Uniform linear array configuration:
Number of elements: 12
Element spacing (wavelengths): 0.75
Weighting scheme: kaiser
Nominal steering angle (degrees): -45
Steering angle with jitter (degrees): -43.805
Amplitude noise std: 0.05
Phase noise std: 0.05

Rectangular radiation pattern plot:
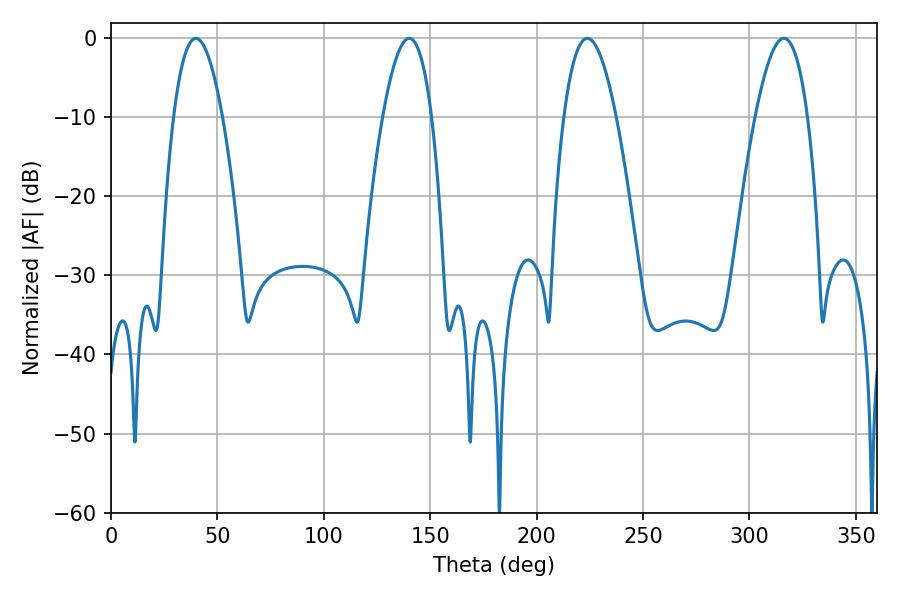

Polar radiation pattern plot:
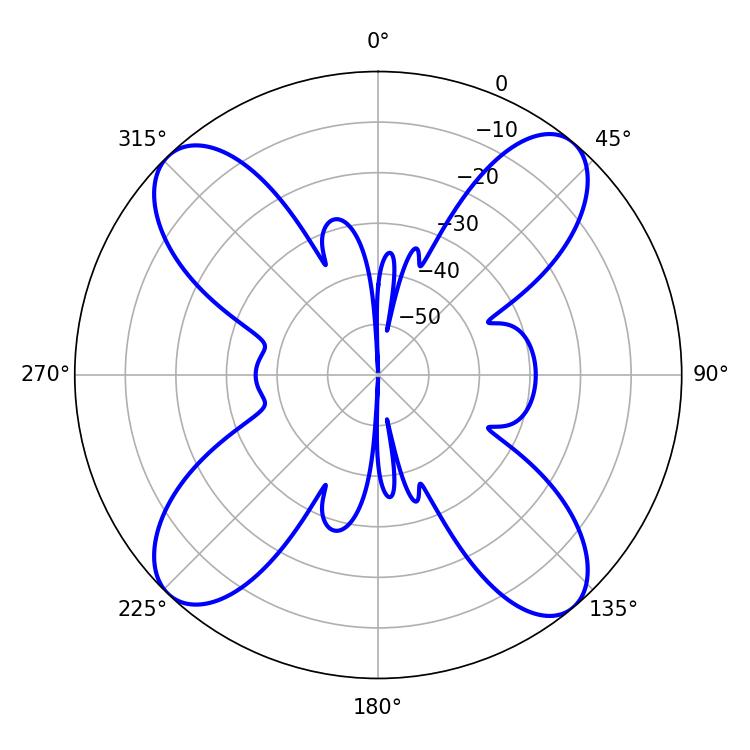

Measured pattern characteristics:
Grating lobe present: TRUE
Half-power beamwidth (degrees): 13.5
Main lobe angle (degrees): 223.74